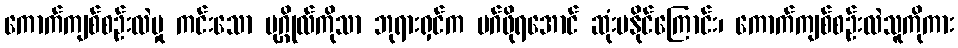
ကောက်ကျစ်စဉ်းလဲမှု ကင်းသော ပုဂ္ဂိုလ်ကိုသာ ဘုရားရှင်က မဂ်ဖိုရအောင် ဆုံးမနိုင်ကြောင်း၊ ကောက်ကျစ်စဉ်းလဲသူကိုကား